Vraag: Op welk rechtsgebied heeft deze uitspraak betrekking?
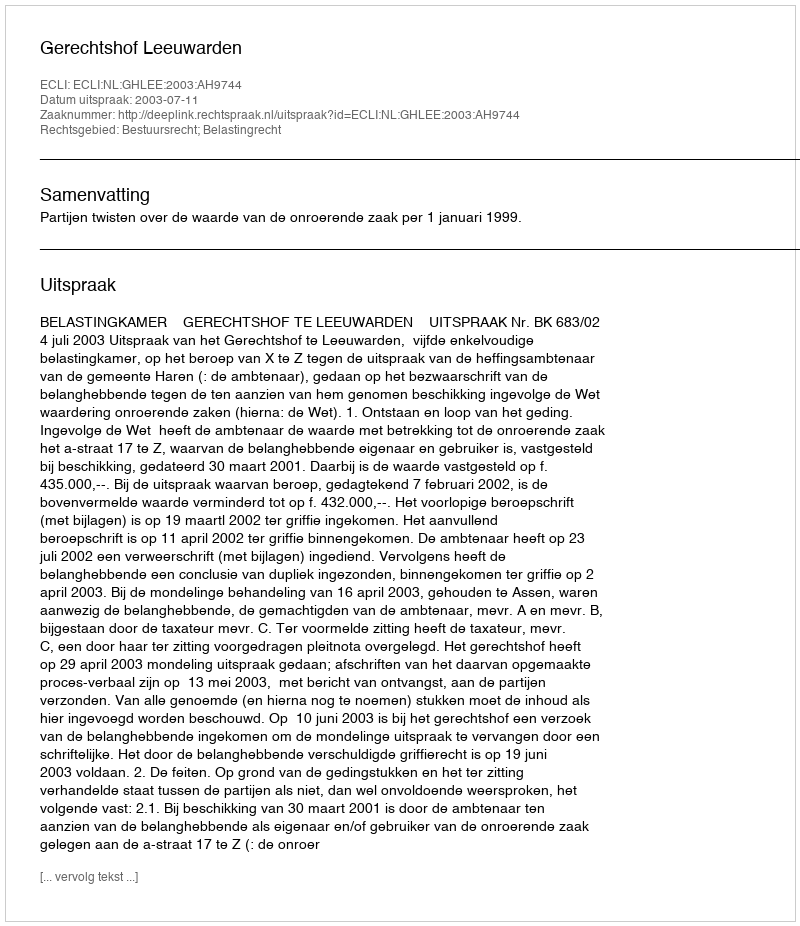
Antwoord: Bestuursrecht; Belastingrecht